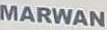
MARWAN